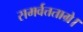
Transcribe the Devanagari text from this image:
समर्वत्तताग्रे।